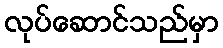
လုပ်ဆောင်သည်မှာ